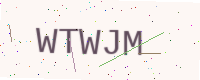
Text: WTWJM